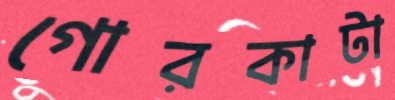
গোরকাটা